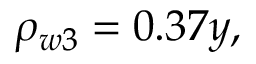
\rho _ { w 3 } = 0 . 3 7 y ,